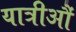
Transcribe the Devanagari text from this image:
यात्रीऔं